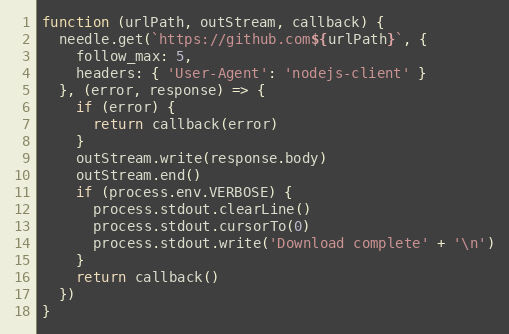
Language: JavaScript
function (urlPath, outStream, callback) {
  needle.get(`https://github.com${urlPath}`, {
    follow_max: 5,
    headers: { 'User-Agent': 'nodejs-client' }
  }, (error, response) => {
    if (error) {
      return callback(error)
    }
    outStream.write(response.body)
    outStream.end()
    if (process.env.VERBOSE) {
      process.stdout.clearLine()
      process.stdout.cursorTo(0)
      process.stdout.write('Download complete' + '\n')
    }
    return callback()
  })
}